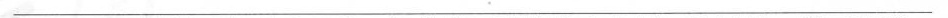
___